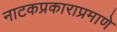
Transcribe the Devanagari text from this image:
नाटकप्रकाराप्रमाणे